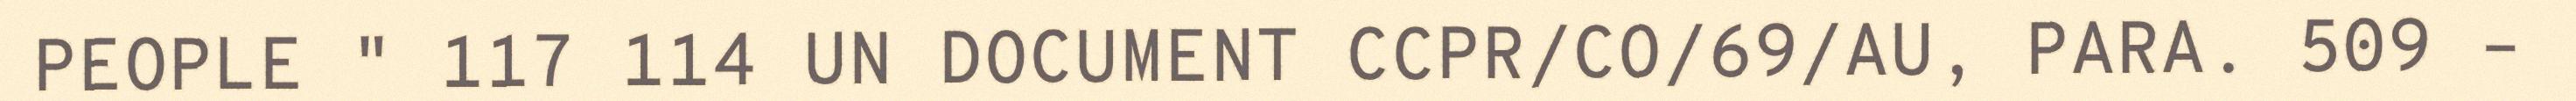
PEOPLE " 117 114 UN DOCUMENT CCPR/CO/69/AU, PARA. 509 –